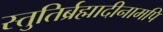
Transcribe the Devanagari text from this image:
स्तुतिर्ब्रह्मादीनामपि